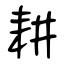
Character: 耕